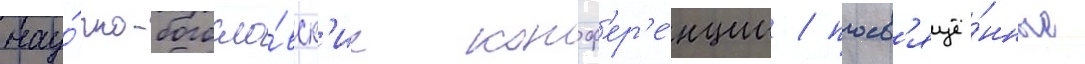
нау́чно-богосло́вск'ие конф'ер'е́нции / посв'ящё́нные